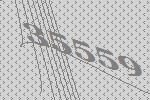
35559